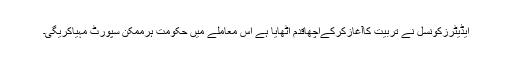
ایڈیٹرزکونسل نے تربیت کاآغازکرکےاچھاقدم اٹھایا ہے اس معاملے میں حکومت ہرممکن سپورٹ مہیاکریگی۔